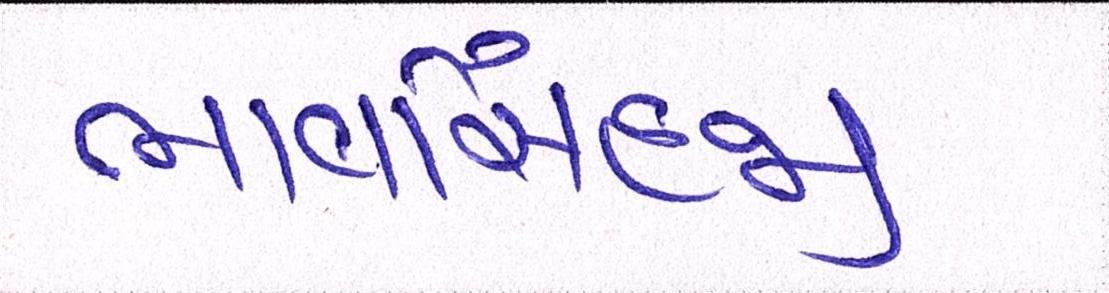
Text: ભાવસિંહજી